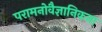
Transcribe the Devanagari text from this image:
परामनोवैज्ञानिकता